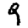
Digit: 9